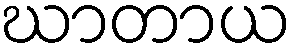
ဃာတာယ